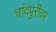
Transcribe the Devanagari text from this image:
चांदपुरीवर